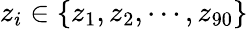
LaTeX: z_{i}\in\{ z_{1},z_{2},\cdots,z_{90}\}